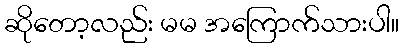
ဆိုတော့လည်း မမ အကြောက်သားပါ။